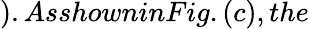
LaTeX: ).AsshowninFig.(c),the